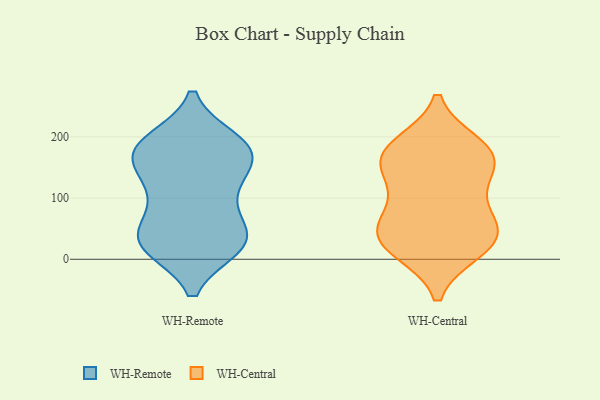
{"axis": {"x": "Churn Rate (%)", "y": "Value"}, "legend": ["WH-Central", "WH-Remote"], "data": [{"x": "", "y": 166, "type": "WH-Remote"}, {"x": "", "y": 30, "type": "WH-Remote"}, {"x": "", "y": 193, "type": "WH-Remote"}, {"x": "", "y": 41, "type": "WH-Remote"}, {"x": "", "y": 190, "type": "WH-Remote"}, {"x": "", "y": 27, "type": "WH-Remote"}, {"x": "", "y": 70, "type": "WH-Remote"}, {"x": "", "y": 108, "type": "WH-Remote"}, {"x": "", "y": 39, "type": "WH-Remote"}, {"x": "", "y": 167, "type": "WH-Remote"}, {"x": "", "y": 22, "type": "WH-Remote"}, {"x": "", "y": 164, "type": "WH-Remote"}, {"x": "", "y": 162, "type": "WH-Remote"}, {"x": "", "y": 187, "type": "WH-Remote"}, {"x": "", "y": 21, "type": "WH-Remote"}, {"x": "", "y": 186, "type": "WH-Remote"}, {"x": "", "y": 121, "type": "WH-Remote"}, {"x": "", "y": 21, "type": "WH-Remote"}, {"x": "", "y": 112, "type": "WH-Remote"}, {"x": "", "y": 31, "type": "WH-Central"}, {"x": "", "y": 172, "type": "WH-Central"}, {"x": "", "y": 115, "type": "WH-Central"}, {"x": "", "y": 159, "type": "WH-Central"}, {"x": "", "y": 42, "type": "WH-Central"}, {"x": "", "y": 179, "type": "WH-Central"}, {"x": "", "y": 54, "type": "WH-Central"}, {"x": "", "y": 186, "type": "WH-Central"}, {"x": "", "y": 49, "type": "WH-Central"}, {"x": "", "y": 134, "type": "WH-Central"}, {"x": "", "y": 15, "type": "WH-Central"}, {"x": "", "y": 15, "type": "WH-Central"}, {"x": "", "y": 75, "type": "WH-Central"}, {"x": "", "y": 168, "type": "WH-Central"}]}